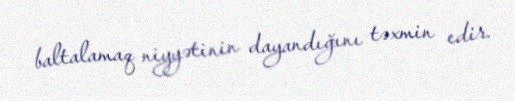
baltalamaq niyyətinin dayandığını təxmin edir.